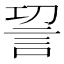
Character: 𮗿